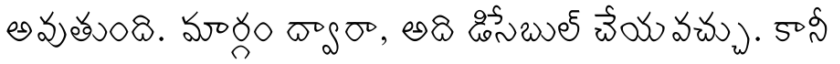
అవుతుంది. మార్గం ద్వారా, అది డిసేబుల్ చేయవచ్చు. కానీ